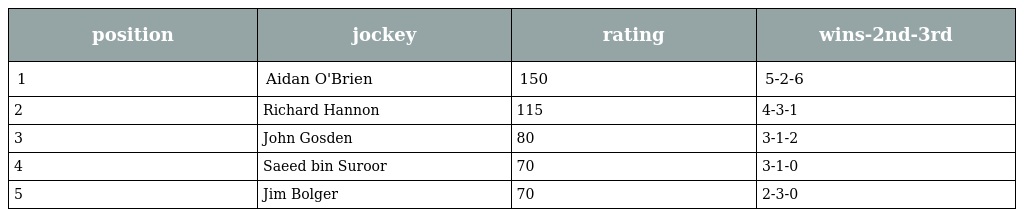
| position | jockey | rating | wins-2nd-3rd |
 | --- | --- | --- | --- |
 | 1 | Aidan O'Brien | 150 | 5-2-6 |
 | 2 | Richard Hannon | 115 | 4-3-1 |
 | 3 | John Gosden | 80 | 3-1-2 |
 | 4 | Saeed bin Suroor | 70 | 3-1-0 |
 | 5 | Jim Bolger | 70 | 2-3-0 |